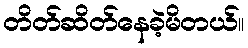
တိတ်ဆိတ်နေခဲ့မိတယ်။